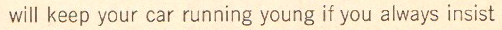
will keep your car running young if you always insist